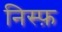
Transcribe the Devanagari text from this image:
निस्फ़